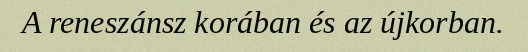
A reneszánsz korában és az újkorban.